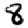
Digit: 8